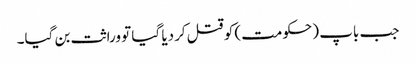
جب باپ (حکومت) کو قتل کردیا گیا تو وراثت بن گیا۔